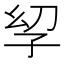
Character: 𫲣